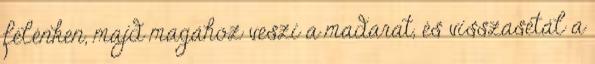
félénken, majd magához veszi a madarat, és visszasétál a